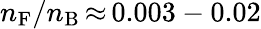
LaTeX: n_{\mathrm{F}}/n_{\mathrm{B}}\, {\approx}\, 0.003-0.02